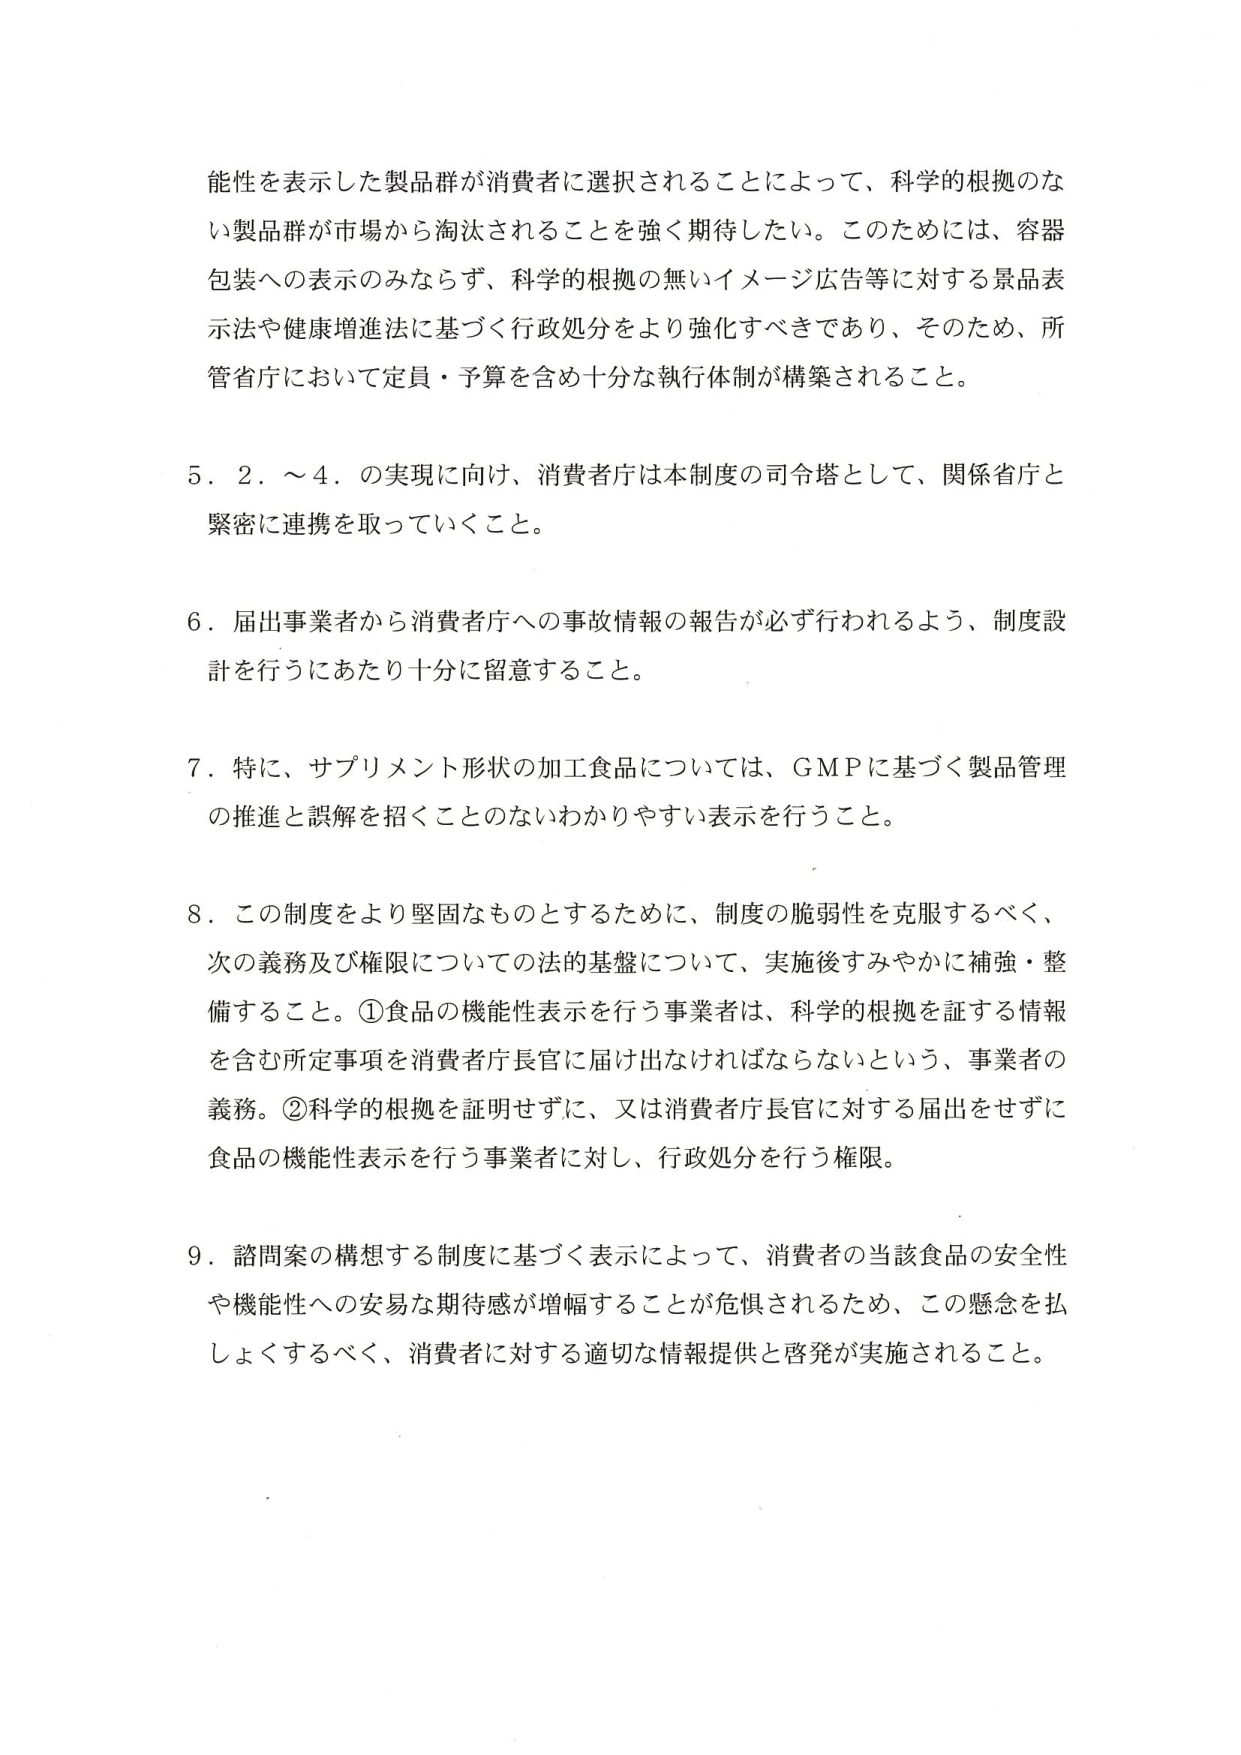
能性を表示した製品群が消費者に選択されることによって、科学的根拠のない製品群が市場から淘汰されることを強く期待したい。このためには、容器包装への表示のみならず、科学的根拠の無いイメージ広告等に対する景品表示法や健康増進法に基づく行政処分をより強化すべきであり、そのため、所管省庁において定員・予算を含め十分な執行体制が構築されること。

5．2．～4．の実現に向け、消費者庁は本制度の司令塔として、関係省庁と緊密に連携を取っていくこと。

6．届出事業者から消費者庁への事故情報の報告が必ず行われるよう、制度設計を行うにあたり十分に留意すること。

7．特に、サプリメント形状の加工食品については、GMPに基づく製品管理の推進と誤解を招くことのないわかりやすい表示を行うこと。

8．この制度をより堅固なものとするために、制度の脆弱性を克服するべく、次の義務及び権限についての法的基盤について、実施後すみやかに補強・整備すること。①食品の機能性表示を行う事業者は、科学的根拠を証する情報を含む所定事項を消費者庁長官に届け出なければならないという、事業者の義務。②科学的根拠を証明せずに、又は消費者庁長官に対する届出をせずに食品の機能性表示を行う事業者に対し、行政処分を行う権限。

9．諮問案の構想する制度に基づく表示によって、消費者の当該食品の安全性や機能性への安易な期待感が増幅することが危惧されるため、この懸念を払しょくするべく、消費者に対する適切な情報提供と啓発が実施されること。